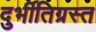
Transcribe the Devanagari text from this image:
दुर्भीतिग्रस्त